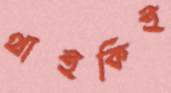
থাইকিই